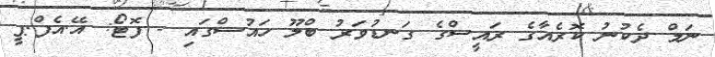
ނަމް ދެކުނު ކޮރެއާގެ ރައީސްގެ ގަނޑުވަރު ބްލޫ ހައުސްގައި - ފޮޓޯ: އޭ.އެފް.ޕީ